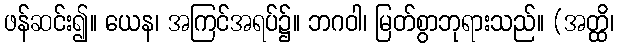
ဖန်ဆင်း၍။ ယေန၊ အကြင်အရပ်၌။ ဘဂဝါ၊ မြတ်စွာဘုရားသည်။ (အတ္ထိ၊